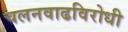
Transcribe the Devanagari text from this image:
चलनवाढविरोधी